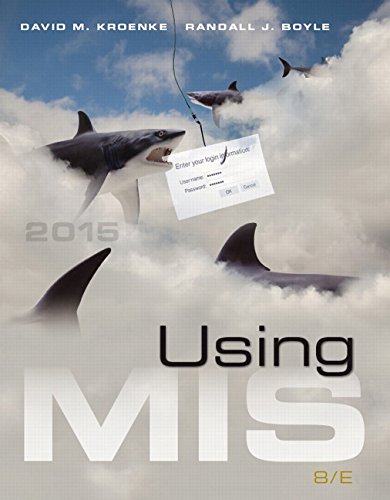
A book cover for Using MIS (8th Edition); David M. Kroenke; Computers & Technology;